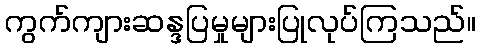
ကွက်ကျားဆန္ဒပြမှုများပြုလုပ်ကြသည်။